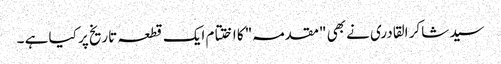
سید شاکر القادری نے بھی "مقدمہ" کا اختتام ایک قطعہ تاریخ پر کیا ہے ۔